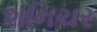
શનિચર